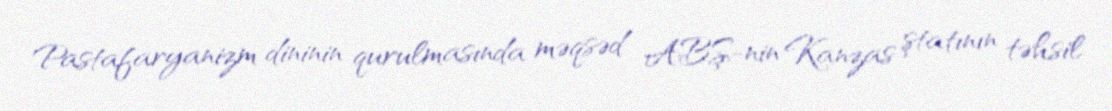
Pastafaryanizm dininin qurulmasında məqsəd ABŞ-nin Kanzas ştatının təhsil